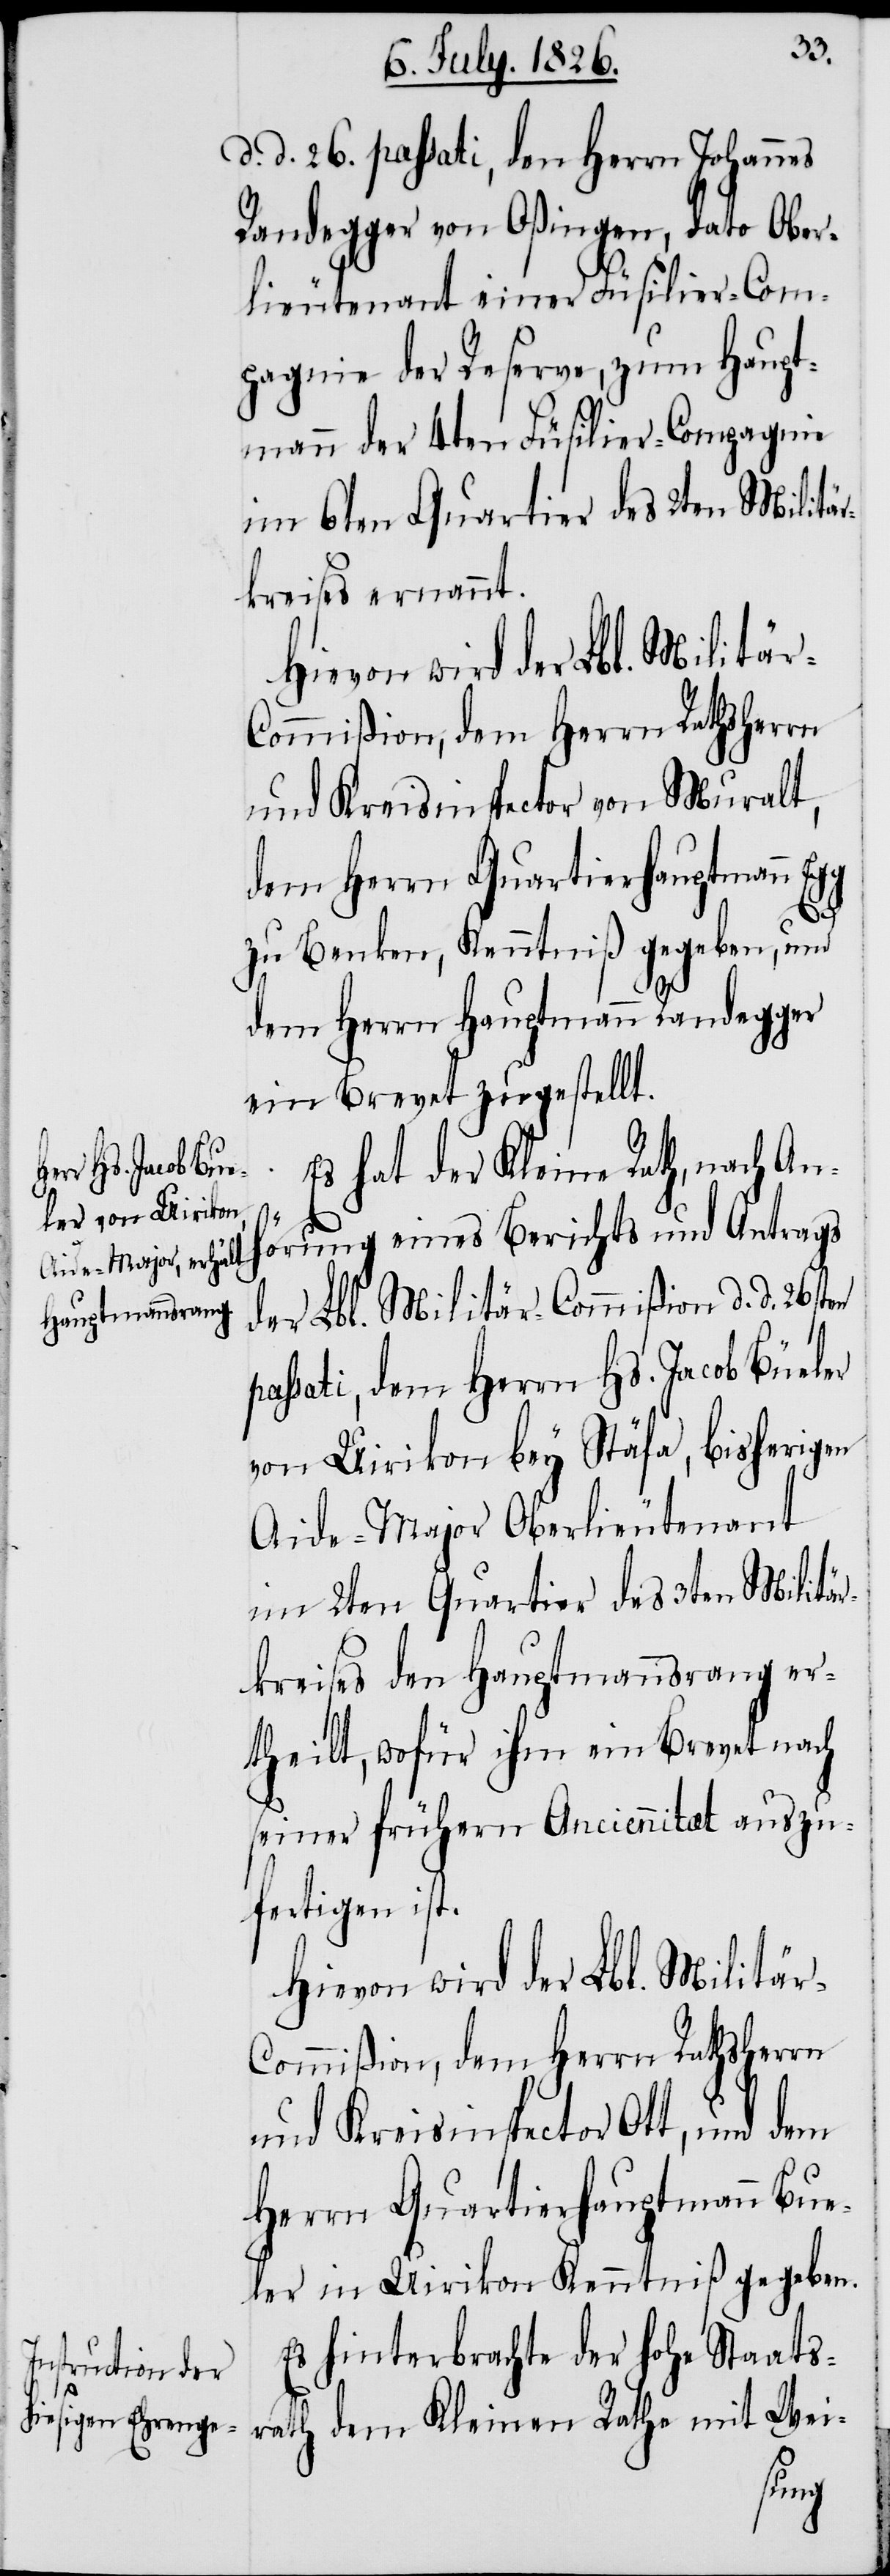
d. d. 26. passati, den Herrn Johannes
Randegger von Oßingen, dato Ober¬
lieutenant einer Füsilier-Com¬
pagnie der Reserve, zum Haupt¬
mann der 4ten Füsilier-Compagnie
reises ernannt.
ommißion, dem Herrn Rathsherrn
und Kreisinspector von Muralt,
dem Herrn Quartierhauptmann
r-C¬
zu Benken, Kenntniß gegeben, und
dem Herrn Hauptmann Randegger
ein Brevet zugestellt.
Es hat der Kleine Rath, nach A¬
nhörung eins Berichts und Antrags
der Lbl. Militär-Commißion d. d. 26sten
passati, dem Herrn Hs. Jacob Bueler
von Uirikon bey Stäfa, bisherigen
Aide-Major Oberlieutenant
im 2ten Quartier des 3ten Militä¬
r-Kreises den Hauptmannsrang er¬
theilt, wofür ihm ein Brevet nach
seiner frühern Anciennitæt auszu¬
fertigen ist.
Hievon wird der Lbl. Militä¬
ommißion, dem Herrn Rathsherrn
und Kreisinspector Ott, und dem
Herrn Quartierhauptmann Bue¬
ler in Uirikon Kenntniß gegeben.
Es hinterbrachte der hohe Staats¬
rath dem Kleinen Rathe mit Wei-